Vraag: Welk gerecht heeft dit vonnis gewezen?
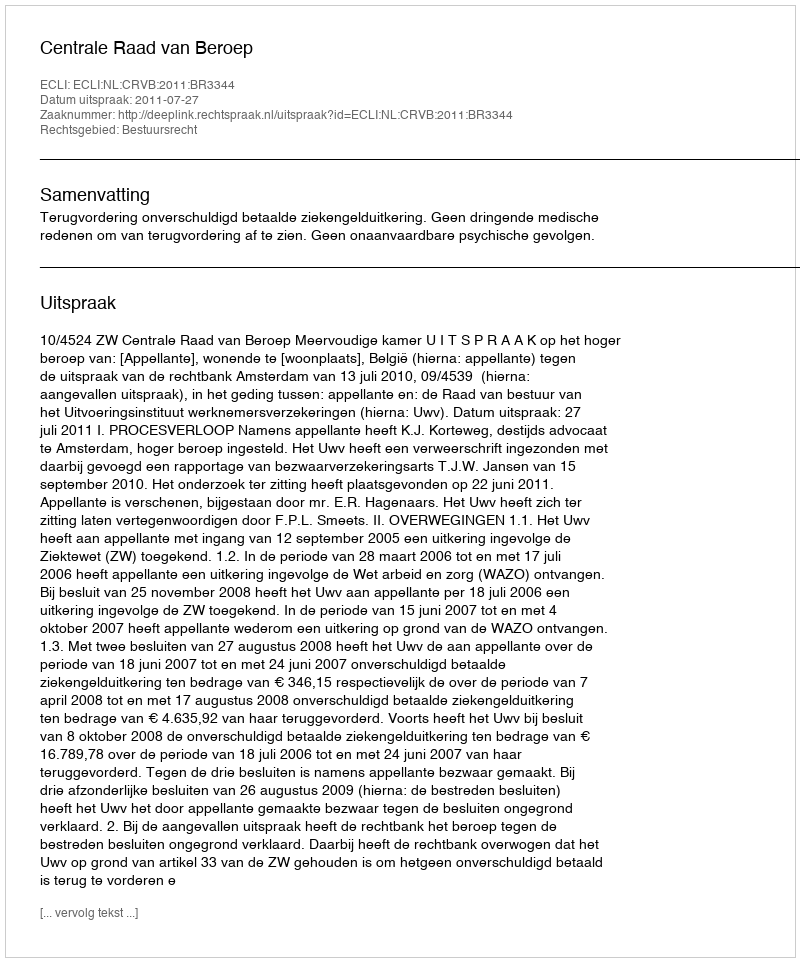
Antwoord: Centrale Raad van Beroep